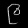
Digit: ၉